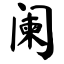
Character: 阑